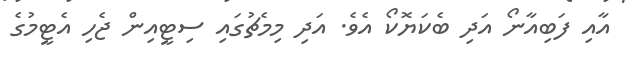
އާއި ފަބިއާނޯ އަދި ބެކަޔޮކޯ އެވެ. އަދި މިމެޗުގައި ސިޓީއިން ޖެހި އެޓީމުގެ